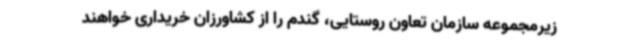
زیرمجموعه سازمان تعاون روستایی، گندم را از کشاورزان خریداری خواهند